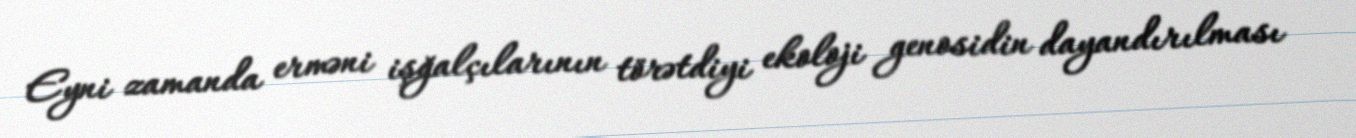
Eyni zamanda erməni işğalçılarının törətdiyi ekoloji genosidin dayandırılması